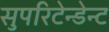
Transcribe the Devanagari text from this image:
सुपरिटेन्डेन्ट